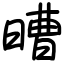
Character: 𣉿